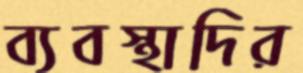
ব্যবস্থাদির